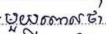
មួយពោលថា